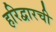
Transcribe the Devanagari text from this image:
हरिद्वारची